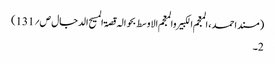
(مسند احمد ، المعجم الکبیر والمعجم الاوسط بحوالہ قصۃ المسیح الدجال ص؍131)
2۔